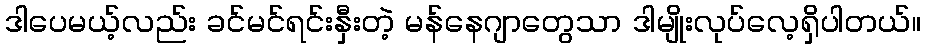
ဒါပေမယ့်လည်း ခင်မင်ရင်းနှီးတဲ့ မန်နေဂျာတွေသာ ဒါမျိုးလုပ်လေ့ရှိပါတယ်။